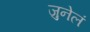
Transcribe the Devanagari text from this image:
जुनेलं